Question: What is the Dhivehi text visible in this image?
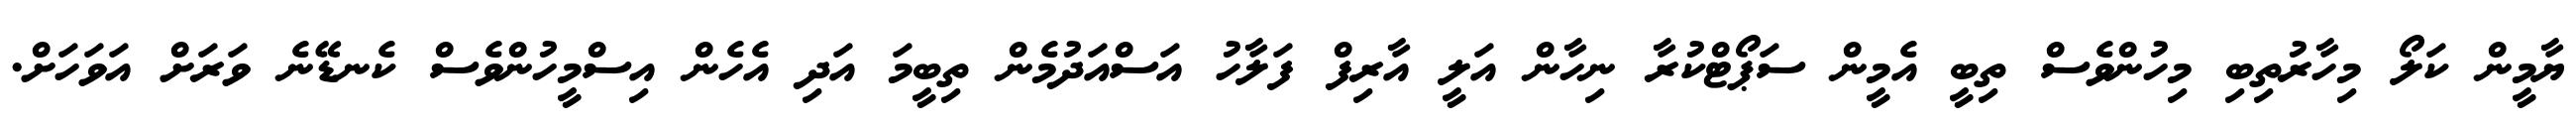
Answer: ޔާމީން ކަލޯ މިހާރުތިބި މިހުންވެސް ތިބީ އެމީން ސަޕޯޓްކުރާ ނިހާން އަލީ އާރިފް ފަލާހު އަސްއަދުމެން ތިބީމަ އަދި އެހެން އިސްމީހުންވެސް ކެނޑޭނެ ވަރަށް އަވަހަށް.